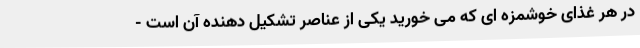
در هر غذای خوشمزه ای که می خورید یکی از عناصر تشکیل دهنده آن است -